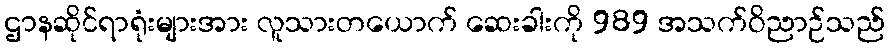
ဌာနဆိုင်ရာရုံးများအား လူသားတယောက် ဆေးခါးကို 989 အသက်ဝိညာဉ်သည်